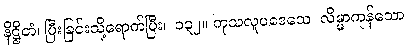
နိဋ္ဌိတံ၊ ပြီးခြင်းသို့ရောက်ပြီး။ ၁၃၂။ ကုသလူပဒေသေ၊ လိမ္မာကုန်သော